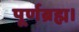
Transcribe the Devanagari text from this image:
पूर्णब्रह्म।